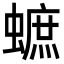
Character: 蟅